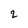
Character: 2